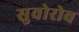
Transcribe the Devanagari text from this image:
सुवोरोव